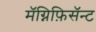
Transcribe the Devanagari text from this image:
मॅग्निफ़िसॅन्ट